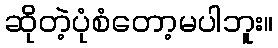
ဆိုတဲ့ပုံစံတော့မပါဘူး။